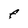
Character: F